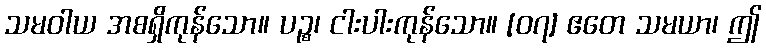
သမဝါယ အစရှိကုန်သော။ ပဉ္စ၊ ငါးပါးကုန်သော။ [၀၇] ဧတေ သမယာ၊ ဤ